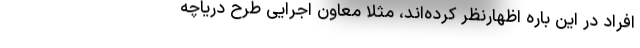
افراد در این باره اظهارنظر کرده‌اند، مثلا معاون اجرایی طرح دریاچه